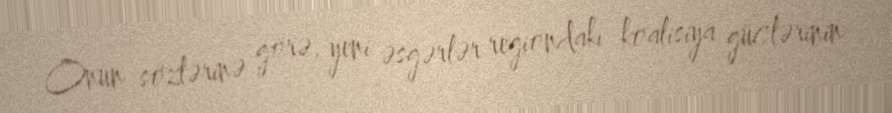
Onun sözlərinə görə, yeni əsgərlər regiondakı koalisiya güclərinin